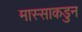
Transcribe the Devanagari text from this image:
मास्साकडुन